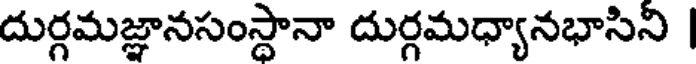
దుర్గమజ్ఞానసంస్థానా దుర్గమధ్యానభాసిని